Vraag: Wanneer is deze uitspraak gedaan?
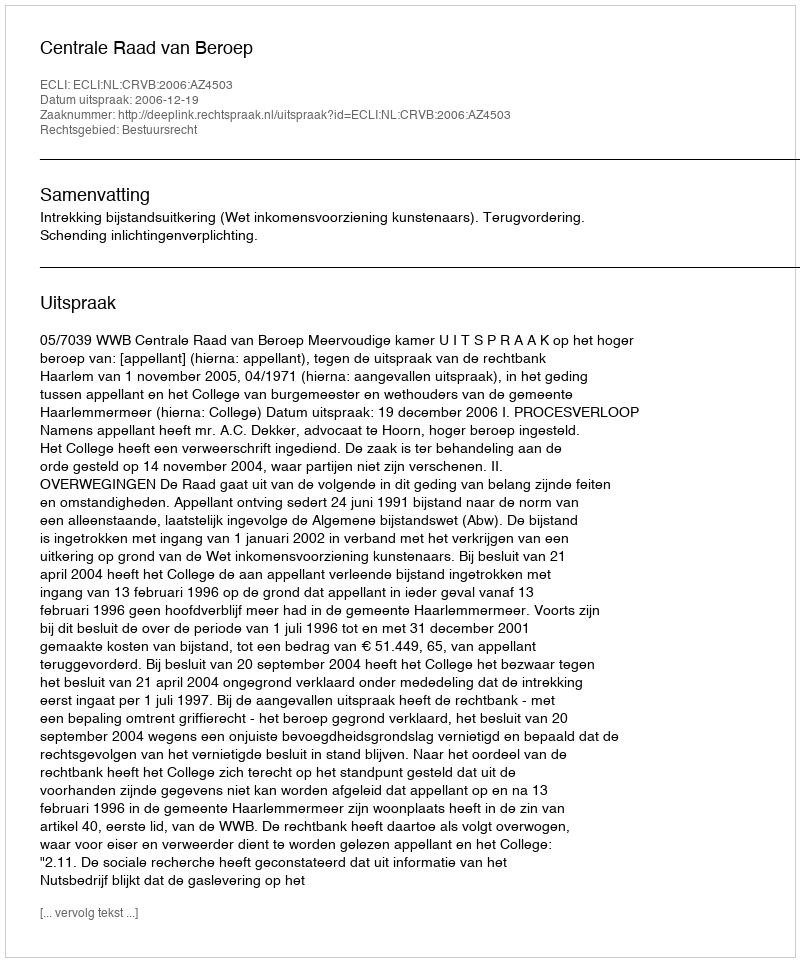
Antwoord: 2006-12-19